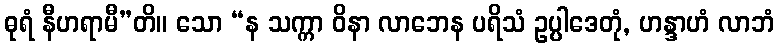
ဓုရံ နီဟရာမီ”တိ။ သော “န သက္ကာ ဝိနာ လာဘေန ပရိသံ ဥပ္ပါဒေတုံ, ဟန္ဒာဟံ လာဘံ